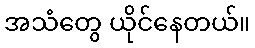
အသံတွေ ယိုင်နေတယ်။